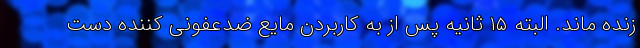
زنده ماند. البته ۱۵ ثانیه پس از به کاربردن مایع ضدعفونی کننده دست